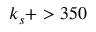
k _ { s } + > 3 5 0